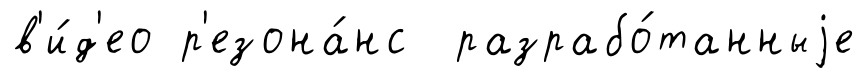
в'и́д'ео р'езона́нс разрабо́танныjе